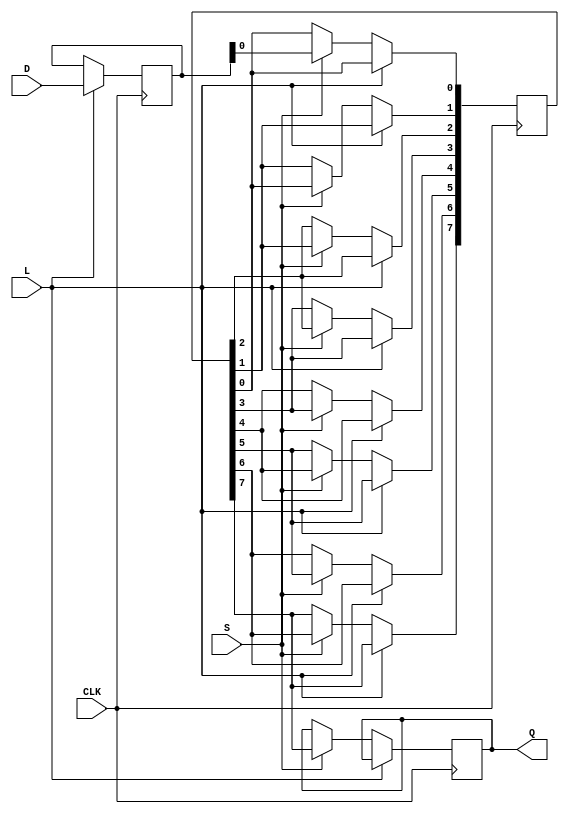
module TwoStagePISO #(parameter N = 8) (
    input wire [N-1:0] D,      // Parallel data input
    input wire L,              // Load control signal
    input wire S,              // Shift control signal
    input wire CLK,            // Clock signal
    output reg Q               // Serial data output
);

    // Internal registers for the two stages
    reg [N-1:0] stage1;        // First stage register
    reg [N-1:0] stage2;        // Second stage register
    integer i;

    always @(posedge CLK) begin
        if (L) begin
            // Load data into the first stage
            stage1 <= D;
        end 
        else if (S) begin
            // Shift data from stage1 to stage2, then shift out serially
            stage2 <= stage1; // Transfer stage1 to stage2
            Q <= stage2[N-1]; // Output the MSB of stage2 (serial output)

            // Shift stage2 to the right for the next clock cycle
            for (i = N-1; i > 0; i = i - 1) begin
                stage2[i] <= stage2[i-1];
            end
        end
    end

endmodule